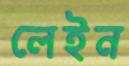
লেইন